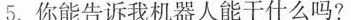
5. 你能告诉我机器人能干什么吗?